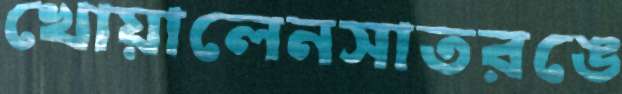
খোয়ালেনসাতরঙে